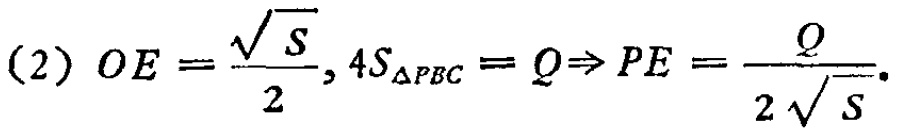
(2) \(OE = \frac{\sqrt{S}}{2}, 4S_{\triangle PBC} = Q\Rightarrow PE=\frac{Q}{2\sqrt{S}}\).